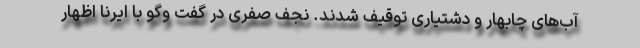
آب‌های چابهار و دشتیاری توقیف شدند. نجف صفری در گفت وگو با ایرنا اظهار